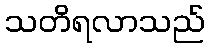
သတိရလာသည်